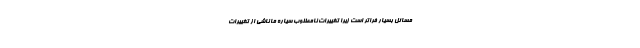
مسائل بسیار فراتر است زیرا تغییرات نامطلوب سیاره ما ناشی از تغییرات